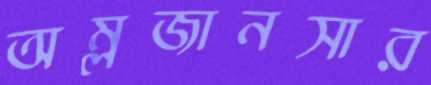
অম্লজানসার